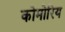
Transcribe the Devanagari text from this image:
कोमोरिय